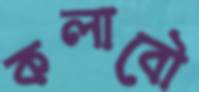
কলাবৌ